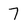
Character: 7